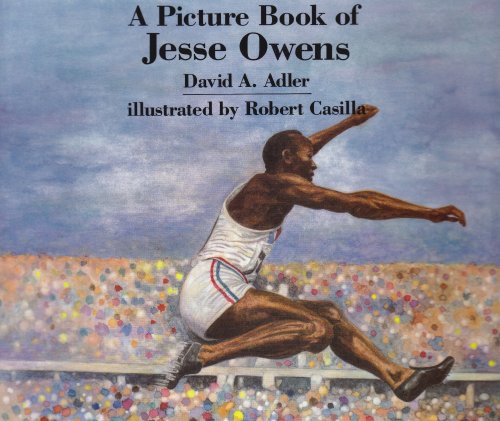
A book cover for A Picture Book of Jesse Owens (Picture Book Biography); David A. Adler; Children's Books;